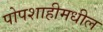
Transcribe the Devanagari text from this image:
पोपशाहीमधील